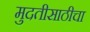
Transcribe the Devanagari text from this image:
मुदतीसाठीचा